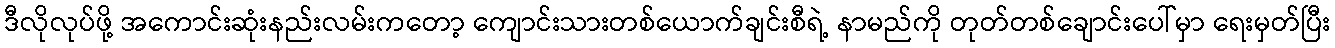
ဒီလိုလုပ်ဖို့ အကောင်းဆုံးနည်းလမ်းကတော့ ကျောင်းသားတစ်ယောက်ချင်းစီရဲ့ နာမည်ကို တုတ်တစ်ချောင်းပေါ်မှာ ရေးမှတ်ပြီး